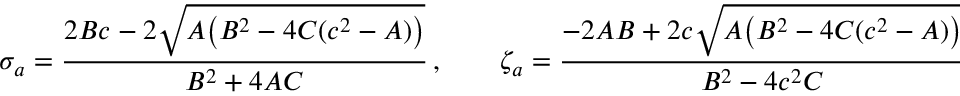
\sigma _ { a } = { \frac { 2 B c - 2 \sqrt { A \big ( B ^ { 2 } - 4 C ( c ^ { 2 } - A ) \big ) } } { B ^ { 2 } + 4 A C } } \, , \qquad \zeta _ { a } = { \frac { - 2 A B + 2 c \sqrt { A \big ( B ^ { 2 } - 4 C ( c ^ { 2 } - A ) \big ) } } { B ^ { 2 } - 4 c ^ { 2 } C } } \, ,